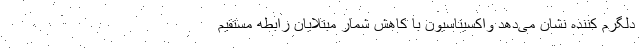
دلگرم کننده نشان می‌دهد واکسیناسیون با کاهش شمار مبتلایان رابطه مستقیم